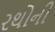
રથોની